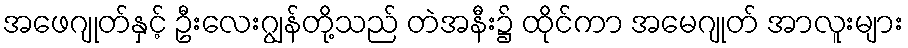
အဖေဂျုတ်နှင့် ဦးလေးဂျွန်တို့သည် တဲအနီး၌ ထိုင်ကာ အမေဂျုတ် အာလူးများ